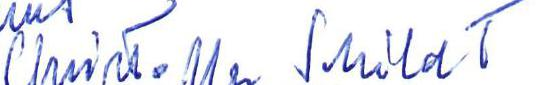
Christoffer Schildt